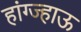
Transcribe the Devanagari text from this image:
हांग्ज्हाऊ